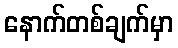
နောက်တစ်ချက်မှာ